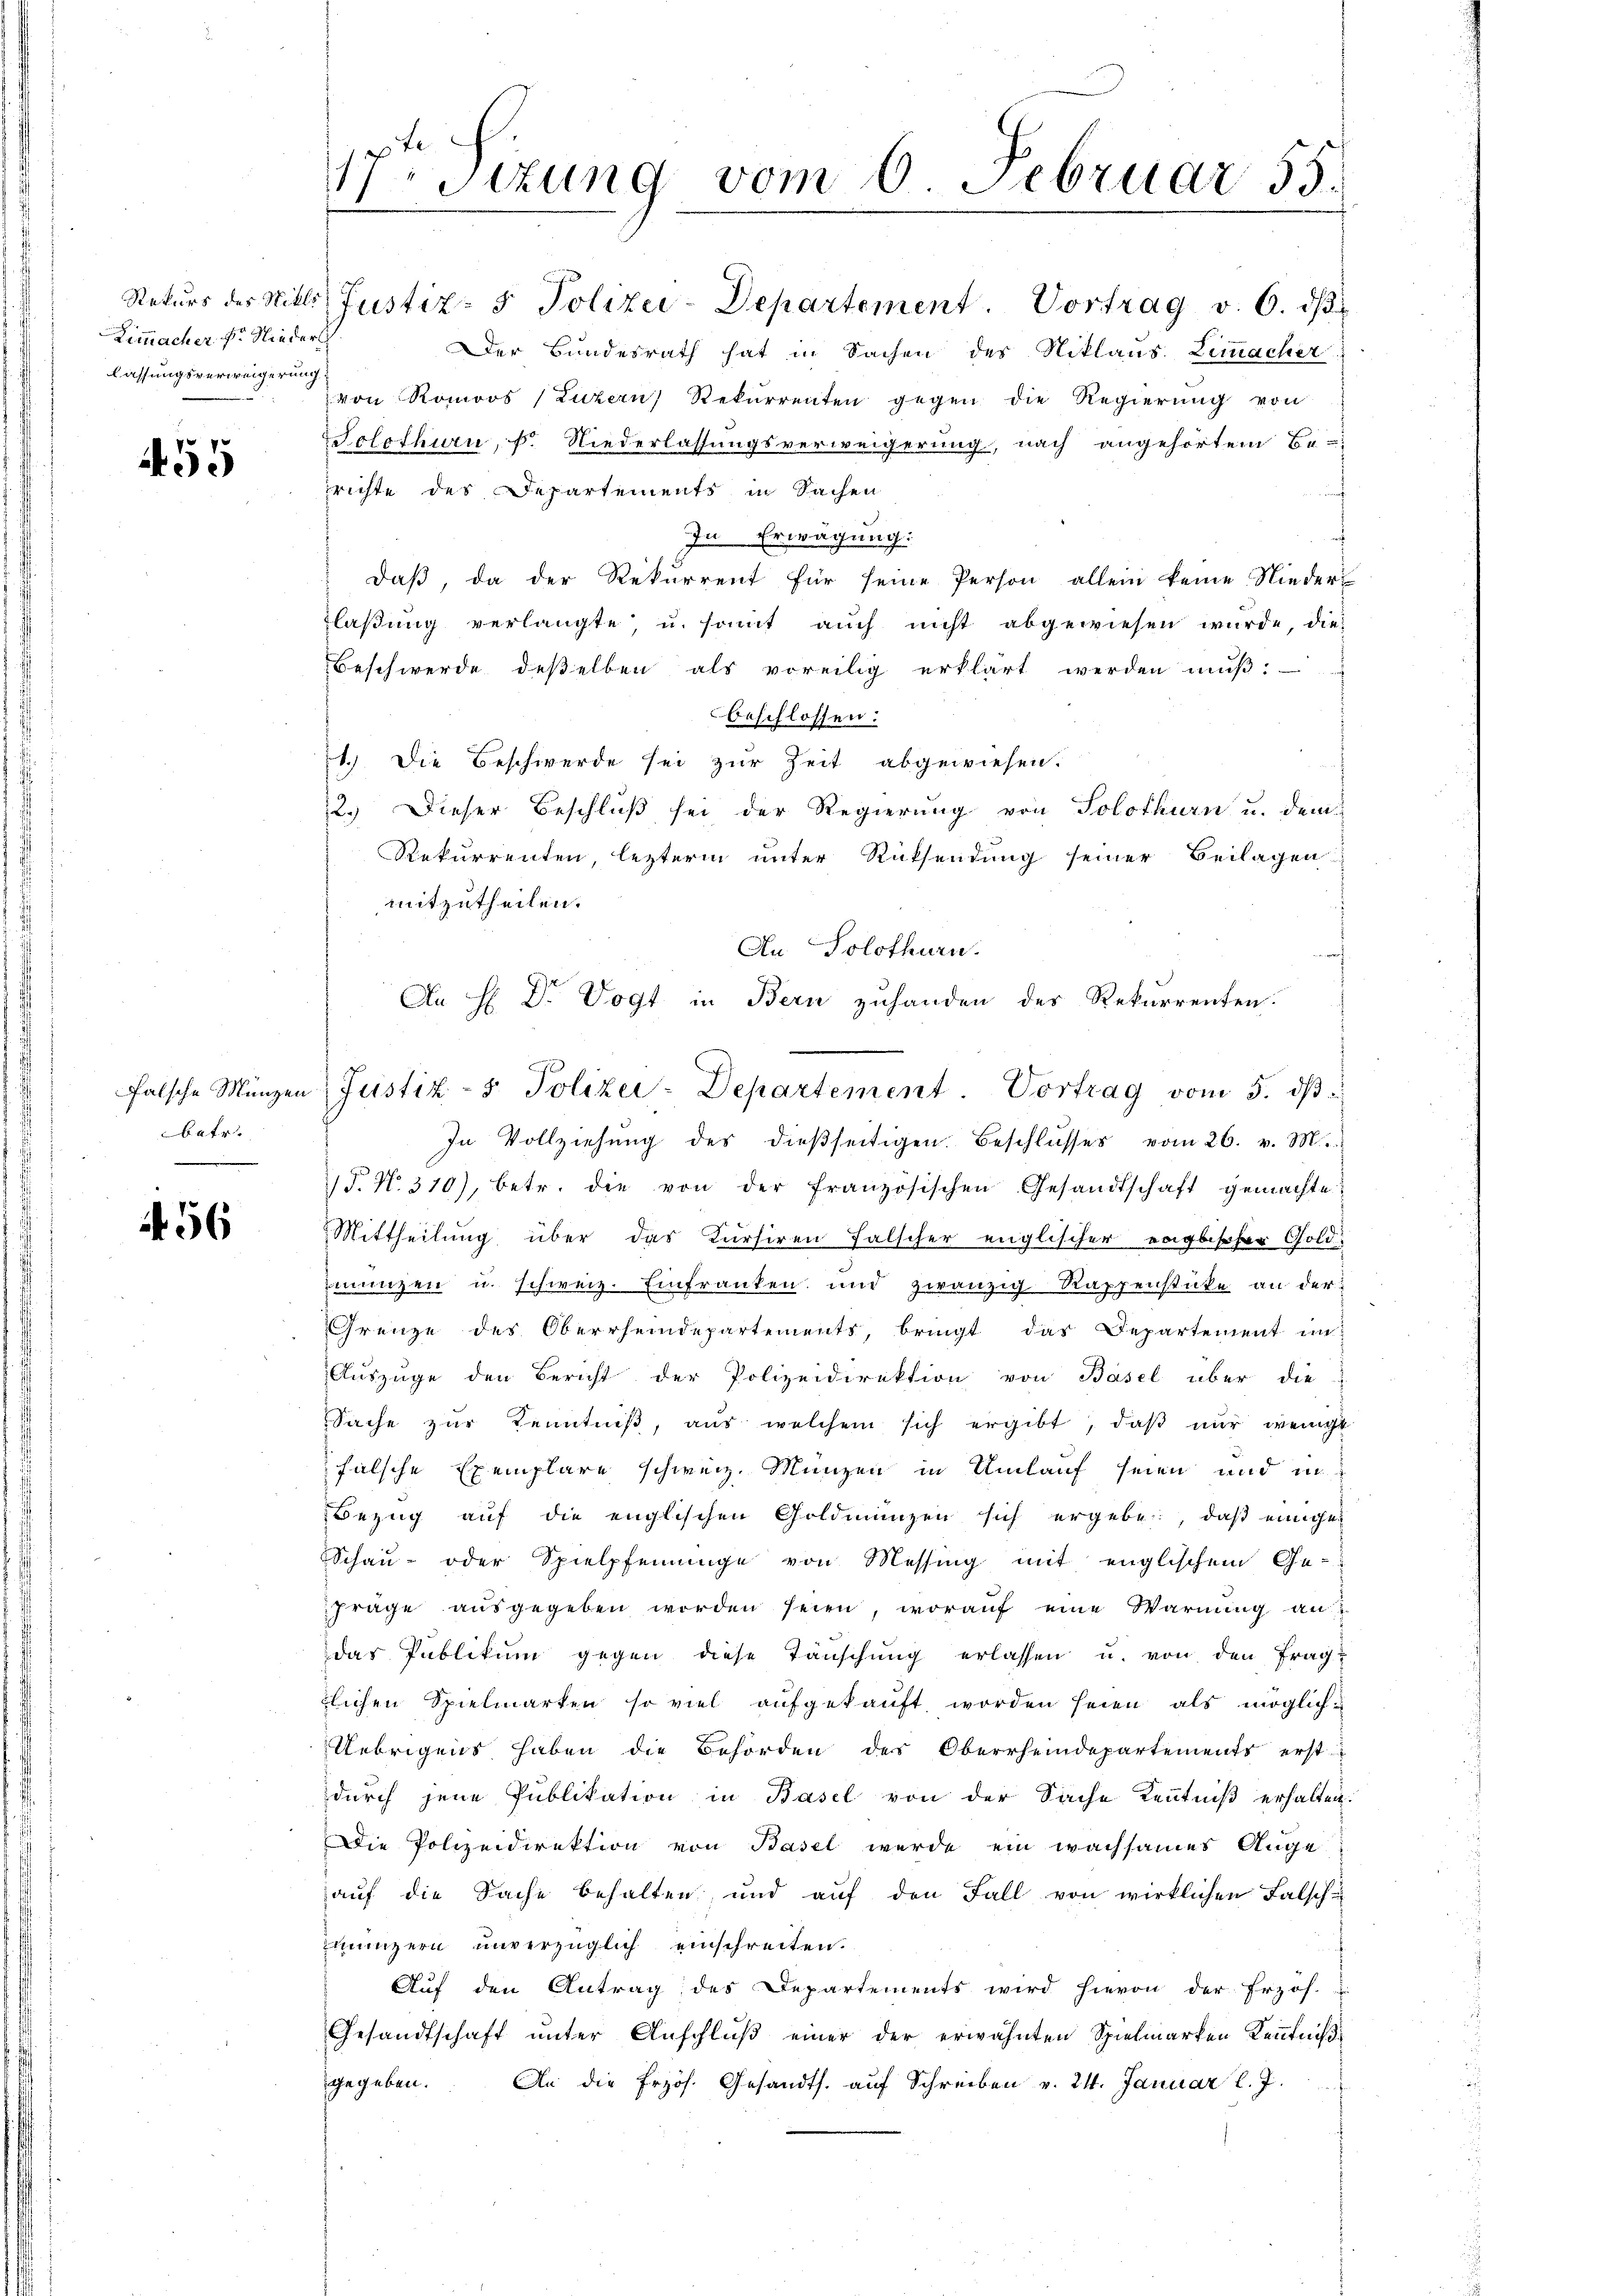
Limmacher Fr. Nieder
lassungsverweigerung

455

falsche Münzen
batr.
.

456

17. Sizung vom 6. Februar 55.
1

Rekŭrs der Mitle Justiz- & Polizei-Departement. Vortrag v. 6. dβ
Der Bundesrath hat in Sachen des Niklaus Limmacher
von Romoos (Luzern Rekurrenten gegen die Regierung von
Solothurn, s. Niederlassungsverweigerung, nach angehörtem Be-
richte des Departements in Sachen
In Erwägung:
daβ da der Rekurrent für seine Person allein keine Nieder-
laßung verlangte, u. somit auch nicht abgewiesen wurde, die-
Beschwerde deßelben als voreilig erklärt werden muß:
beschlossen:
1.) Die Beschwerde sei zur Zeit abgewiesen.
2.) Dieser Beschluß sei der Regierung von Solothurn u. dem
Rekurrenten, lezterm unter Rücksendung seiner Beilagen
mitzutheilen.
An Solothurn.
af
In Vollziehŭng des dieβseitigen. Beschlŭsses vom 26. v. M.
T. No. 310), betr. die von der französischen Gesandtschaft gemachte
Mittheilung über das Kursiren Falscher englischer englischer Gold
munzen u. schweiz. Einfranken und zwanzig Rappenstüke an der
Grenze des Oberrheindepartements, bringt das Departement im
Auszüge den Bericht der Polizeidirektion von Basel über die
Sache zŭr Kenntniβ, aŭs welchem sich ergibt, daβ nŭr wenige
halsche Exemplare schweiz. Münzen in Umlauf seien und in
Bezŭg aŭf die englischen Goldmünzen sich ergebe, daß einigen
Schau- oder Spielpfenninge von Messing mit englischem Ge-
Fräge ausgegeben worden seien, worauf eine Warnung an
das Publikum gegen diese Tauschung erlassen u. von den Frag
tlichen Spielmarken so viel aufgekauft worden seien als möglich
Uebrigens haben die Behörden des Oberrheindepartements erst
durch jene Publikation in Basel von der Sache Kenntniß erhalten.
Die Polizeidirektion von Basel wurde ein wachsames Auge
aŭf die Sache behalten, und aŭf den Fall von wirklichen Falsch
munzern unverzüglich einschreiten.
f
Auf den Antrag des Departements wird hievon der Erzoh-
Gesandtschaft unter Anschluß einer der erwähnten Spielmarken Kenntniß
gegeben. An die frzös. Gesandts. aŭf Schreiben v. 24. Januar l. J.

An H: Dr. Vogt in Bern zuhanden des Rekurrenten
Justiz- & Polizei-Departement. Vortrag vom 5. dβ